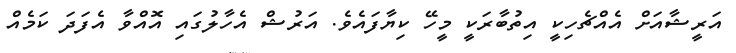
އަރީޝާއަށް އެއްޗެހިކީ އިތުބާރަކީ މީހޭ ކިޔާފައެވެ. އަރުޝް އެހާލުގައި އޮއްވާ އެފަދަ ކަމެއް